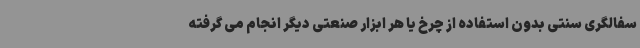
سفالگری سنتی بدون استفاده از چرخ یا هر ابزار صنعتی دیگر انجام می گرفته